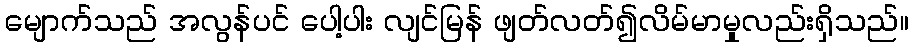
မျောက်သည် အလွန်ပင် ပေါ့ပါး လျင်မြန် ဖျတ်လတ်၍လိမ်မာမှုလည်းရှိသည်။